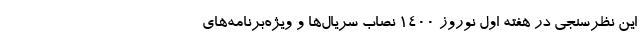
این نظرسنجی در هفته اول نوروز 1400 نصاب سریال‌ها و ویژه‌برنامه‌های